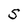
Character: S